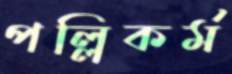
পল্লিকর্ম